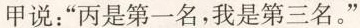
甲说：”丙是第一名，我是第三名。”